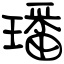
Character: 璠